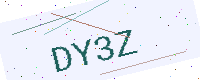
Text: DY3Z